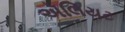
ઍલિયટ